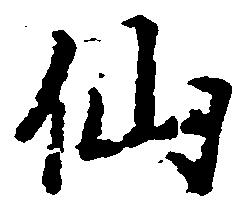
仙